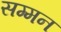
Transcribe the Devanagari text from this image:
सम्‍मन